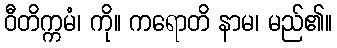
ဝီတိက္ကမံ၊ ကို။ ကရောတိ နာမ၊ မည်၏။